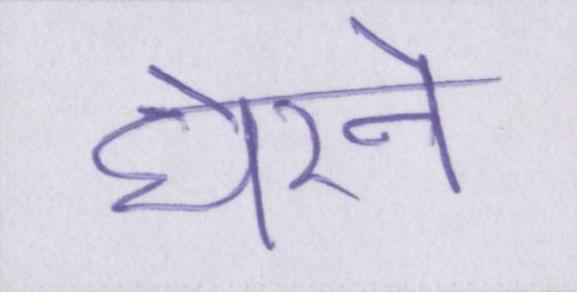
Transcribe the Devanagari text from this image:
घेरने